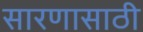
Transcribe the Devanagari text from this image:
सारणासाठी